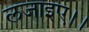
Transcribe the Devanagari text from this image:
लजाइए।।